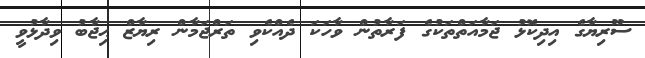
ސޫރިޔާގެ އިދިކޮޅު ޖަމާއަތްތަކުގެ ފަރާތުން ވާހަކަ ދެއްކެވި ތަރްޖަމާން ރިޔާޒް ޙިޖާބު ވިދާޅުވީ